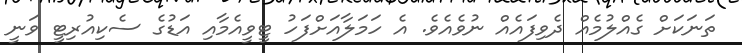
ތަނަކަށް ގެއްލުމެއް ދެވިފައެއް ނުވެއެވެ. އެ ހަމަލާއަށްފަހު ޓީވީއެމާއި އަޑުގެ ސެކިއުރިޓީ ވަނީ